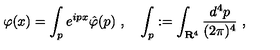
\varphi ( x ) = \int _ { p } e ^ { i p x } \hat { \varphi } ( p ) \ , \quad \int _ { p } : = \int _ { \mathbf { R } ^ { 4 } } \frac { d ^ { 4 } p } { ( 2 \pi ) ^ { 4 } } \ ,